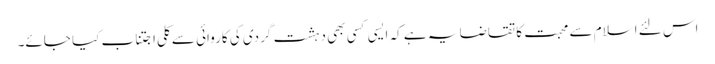
اس لئے اسلام سے محبت کا تقاضا یہ ہے کہ ایسی کسی بھی دہشت گردی کی کاروائی سے کلی اجتناب کیا جائے۔